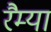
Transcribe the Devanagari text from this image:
रैम्या